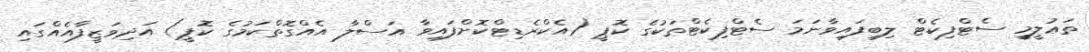
ތަޢުލީމީ ސެޓްފިކެޓް ލިބިފައިވާނަމަ ސެޓްފިކެޓްތަކުގެ ކޮޕީ (އެކްރެޑިޓްކޮށްފައިވާ އަސްލާ އެއްގޮތްކަމުގެ ކޮޕީ) އަދިވަޒީފާއެއްގައި